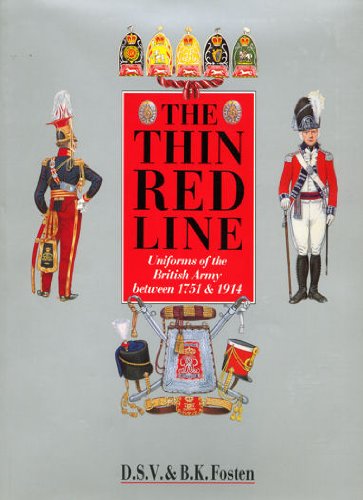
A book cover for The Thin Red Line: Uniforms of the British Army Between 1751 and 1914; D. S. V. Fosten; History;